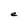
Character: e